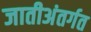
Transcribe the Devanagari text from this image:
जातीअंतर्गत